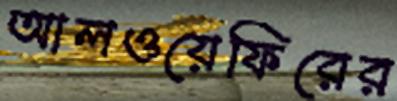
আলওয়েফিরের